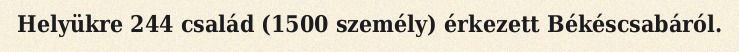
Helyükre 244 család (1500 személy) érkezett Békéscsabáról.